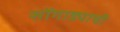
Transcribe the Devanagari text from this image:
सोंगाड्याची